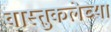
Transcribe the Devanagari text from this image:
वास्तुकलेच्या